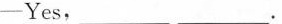
-Yes,___.